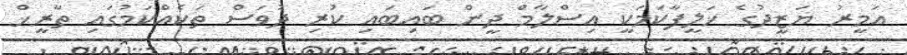
އަމީރު ޔަޒީދުގެ ޚަލީފާކަމަކީ އިސްލާމް ދީން ބައިބައި ކުރި ދުވަސް ތަކެއްކަމުގައި ތާރީޚް